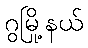
ဂွမြို့နယ်